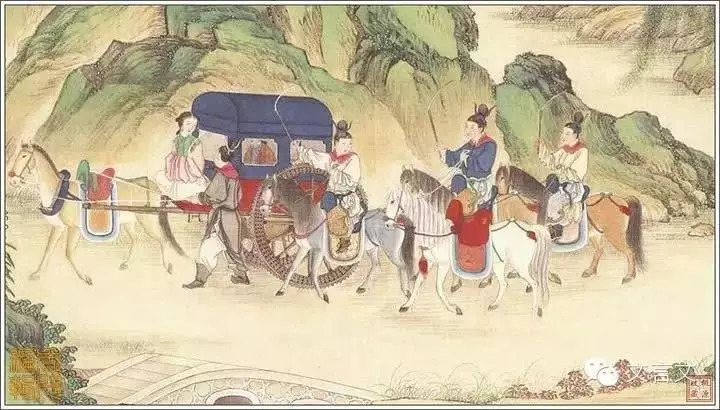
多谢月相怜，今宵不忍圆。